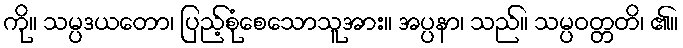
ကို။ သမ္ပဒယတော၊ ပြည့်စုံစေသောသူအား။ အပ္ပနာ၊ သည်။ သမ္ပဝတ္တတိ၊ ၏။